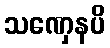
သဏှေနပိ